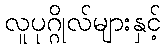
လူပုဂ္ဂိုလ်များနှင့်